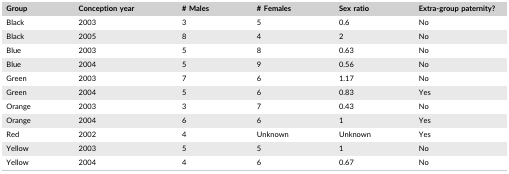
| Group | Conception year | # Males | # Females | Sex ratio | Extra‐group paternity? |
 | --- | --- | --- | --- | --- | --- |
 | Black | 2003 | 3 | 5 | 0.6 | No |
 | Black | 2005 | 8 | 4 | 2 | No |
 | Blue | 2003 | 5 | 8 | 0.63 | No |
 | Blue | 2004 | 5 | 9 | 0.56 | No |
 | Green | 2003 | 7 | 6 | 1.17 | No |
 | Green | 2004 | 5 | 6 | 0.83 | Yes |
 | Orange | 2003 | 3 | 7 | 0.43 | No |
 | Orange | 2004 | 6 | 6 | 1 | Yes |
 | Red | 2002 | 4 | Unknown | Unknown | Yes |
 | Yellow | 2003 | 5 | 5 | 1 | No |
 | Yellow | 2004 | 4 | 6 | 0.67 | No |